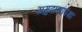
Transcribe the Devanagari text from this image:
समुदायांपेक्षा